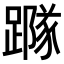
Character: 𨅷